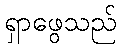
ရှာဖွေသည်